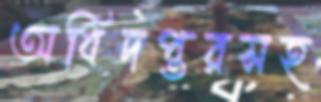
অধিদপ্তরসহ